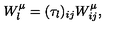
W _ { l } ^ { \mu } = ( { \tau _ { l } } ) _ { i j } W _ { i j } ^ { \mu } ,